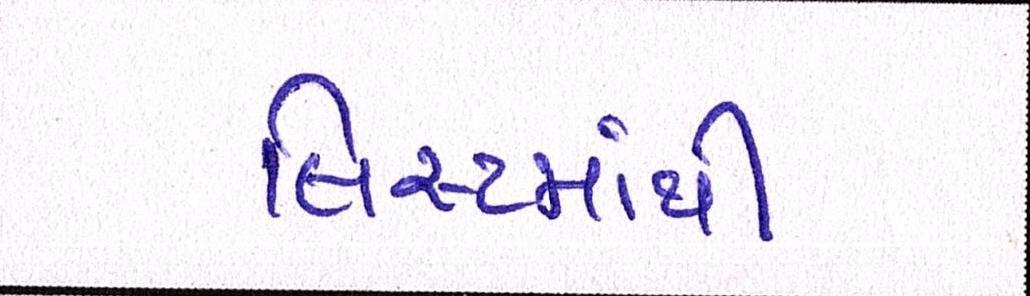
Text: લિસ્ટમાંથી